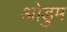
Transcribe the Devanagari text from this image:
ओडुम